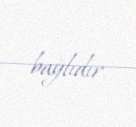
bağlıdır.